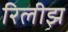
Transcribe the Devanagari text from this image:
रिलीझ